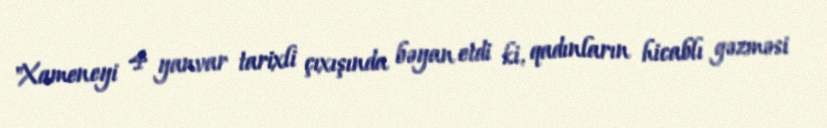
"Xameneyi 4 yanvar tarixli çıxışında bəyan etdi ki, qadınların hicablı gəzməsi